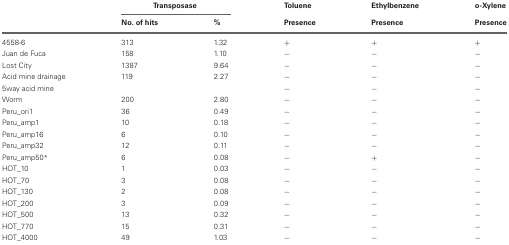
<table><thead><tr><td></td><td colspan="2"><b>Transposase</b></td><td><b>Toluene</b></td><td><b>Ethylbenzene</b></td><td><b>o-Xylene</b></td></tr><tr><td></td><td><b>No. of hits</b></td><td><b>%</b></td><td><b>Presence</b></td><td><b>Presence</b></td><td><b>Presence</b></td></tr></thead><tbody><tr><td>4558-6</td><td>313</td><td>1.32</td><td>+</td><td>+</td><td>+</td></tr><tr><td>Juan de Fuca</td><td>158</td><td>1.10</td><td>−</td><td>−</td><td>−</td></tr><tr><td>Lost City</td><td>1387</td><td>9.64</td><td>−</td><td>−</td><td>−</td></tr><tr><td>Acid mine drainage</td><td>119</td><td>2.27</td><td>−</td><td>−</td><td>−</td></tr><tr><td>5way acid mine</td><td></td><td></td><td>−</td><td>−</td><td>−</td></tr><tr><td>Worm</td><td>200</td><td>2.80</td><td>−</td><td>−</td><td>−</td></tr><tr><td>Peru_ori1</td><td>36</td><td>0.49</td><td>−</td><td>−</td><td>−</td></tr><tr><td>Peru_amp1</td><td>10</td><td>0.18</td><td>−</td><td>−</td><td>−</td></tr><tr><td>Peru_amp16</td><td>6</td><td>0.10</td><td>−</td><td>−</td><td>−</td></tr><tr><td>Peru_amp32</td><td>12</td><td>0.11</td><td>−</td><td>−</td><td>−</td></tr><tr><td>Peru_amp50<sup>*</sup></td><td>6</td><td>0.08</td><td>−</td><td>+</td><td>−</td></tr><tr><td>HOT_10</td><td>1</td><td>0.03</td><td>−</td><td>−</td><td>−</td></tr><tr><td>HOT_70</td><td>3</td><td>0.08</td><td>−</td><td>−</td><td>−</td></tr><tr><td>HOT_130</td><td>2</td><td>0.08</td><td>−</td><td>−</td><td>−</td></tr><tr><td>HOT_200</td><td>3</td><td>0.09</td><td>−</td><td>−</td><td>−</td></tr><tr><td>HOT_500</td><td>13</td><td>0.32</td><td>−</td><td>−</td><td>−</td></tr><tr><td>HOT_770</td><td>15</td><td>0.31</td><td>−</td><td>−</td><td>−</td></tr><tr><td>HOT_4000</td><td>49</td><td>1.03</td><td>−</td><td>−</td><td>−</td></tr></tbody></table>